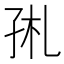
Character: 𡥑